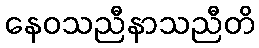
နေဝသညီနာသညီတိ